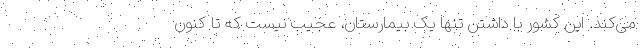
می‌کند. این کشور با داشتن تنها یک بیمارستان، عجیب نیست که تا کنون